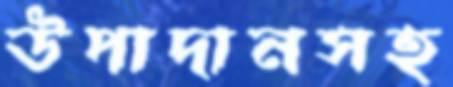
উপাদানসহ